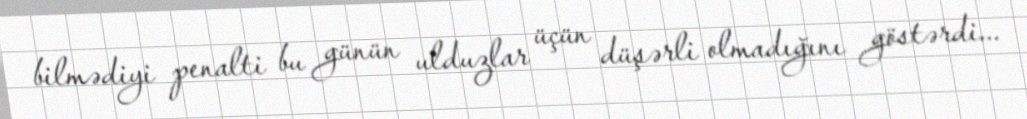
bilmədiyi penalti bu günün ulduzlar üçün düşərli olmadığını göstərdi...